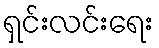
ရှင်းလင်းရေး